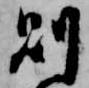
則